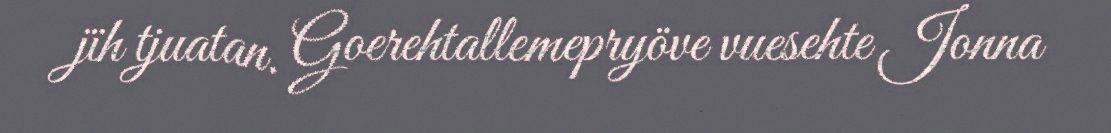
jïh tjuatan. Goerehtallemepryöve vuesehte Jonna